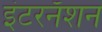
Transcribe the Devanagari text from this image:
इंटरनॅशन